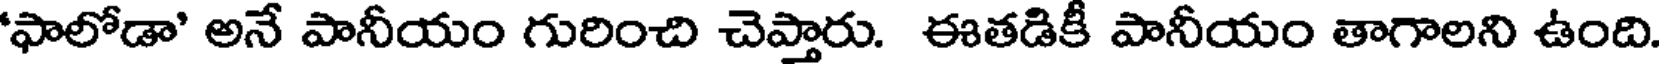
'ఫాలోడా' అనే పానీయం గురించి చెప్తారు. ఈతడికీ పానీయం తాగాలని ఉంది